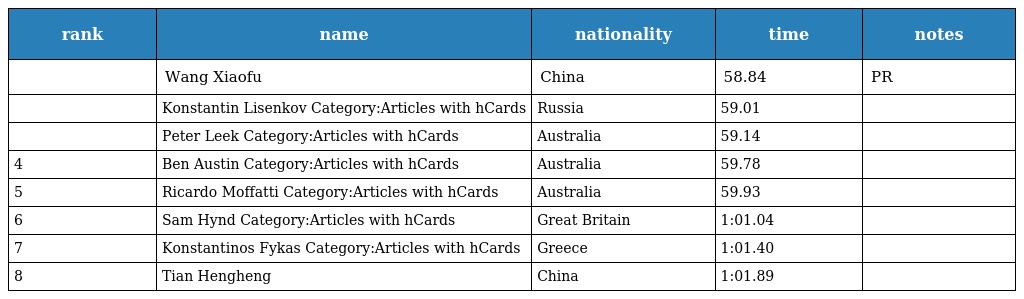
| rank | name | nationality | time | notes |
 | --- | --- | --- | --- | --- |
 |  | Wang Xiaofu | China | 58.84 | PR |
 |  | Konstantin Lisenkov Category:Articles with hCards | Russia | 59.01 |  |
 |  | Peter Leek Category:Articles with hCards | Australia | 59.14 |  |
 | 4 | Ben Austin Category:Articles with hCards | Australia | 59.78 |  |
 | 5 | Ricardo Moffatti Category:Articles with hCards | Australia | 59.93 |  |
 | 6 | Sam Hynd Category:Articles with hCards | Great Britain | 1:01.04 |  |
 | 7 | Konstantinos Fykas Category:Articles with hCards | Greece | 1:01.40 |  |
 | 8 | Tian Hengheng | China | 1:01.89 |  |